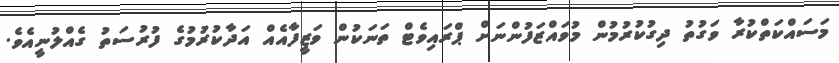
މަސައްކަތްކުރާ ވަގުތު ދިގުކުރުމުން މުވައްޒަފުންނަށް ޕްރައިވެޓް ތަނަކުން ވަޒީފާއެއް އަދާކުރުމުގެ ފުރުސަތު ގެއްލުނީއެވެ.